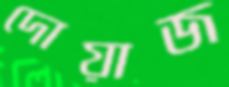
দোয়াজ